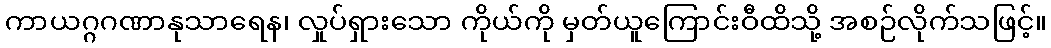
ကာယဂ္ဂဂဏာနုသာရေန၊ လှုပ်ရှားသော ကိုယ်ကို မှတ်ယူကြောင်းဝီထိသို့ အစဉ်လိုက်သဖြင့်။